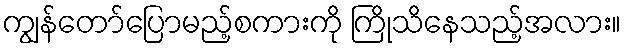
ကျွန်တော်ပြောမည့်စကားကို ကြိုသိနေသည့်အလား။